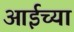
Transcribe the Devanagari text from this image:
आईच्‍या